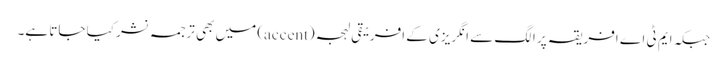
جبکہ ایم ٹی اے افریقہ پر الگ سے انگریزی کے افریقی لہجہ (accent) میں بھی ترجمہ نشر کیا جاتا ہے۔